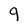
Character: 9